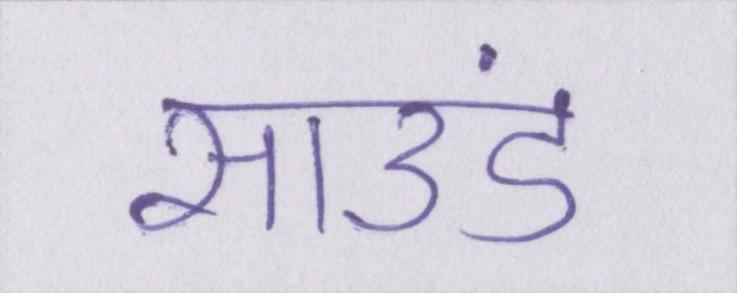
साउंड